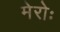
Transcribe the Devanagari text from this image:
मेरोः